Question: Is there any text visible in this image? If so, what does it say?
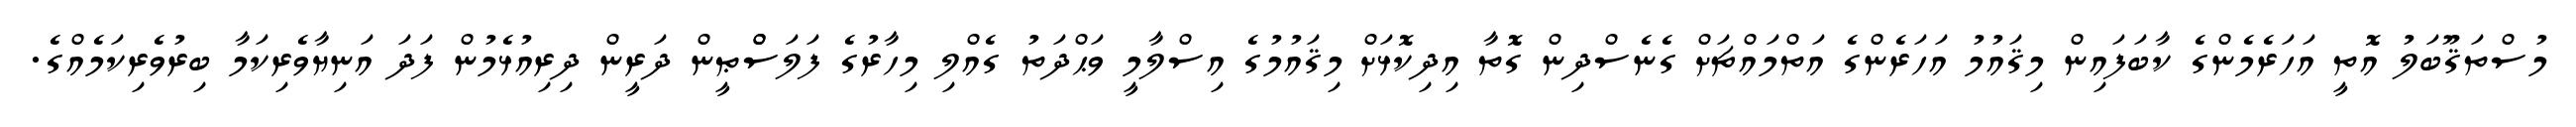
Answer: މުސްތަޤޫބަލު އޮތީ އަހަރެމެންގެ ކާބަފައިން މިޤައުމު އަހަރެންގެ އަތްމައްޗަށް ގެނެސްދިން ގޮތާ އިދިކޮޅަށް މިޤައުމުގެ އިސްލާމީ ވަޙްދަތު ގެއްލި މިހާރުގެ ފަލަސްްޠީން ދަރީން ދިރިއުޅެމުން ފަދަ އަނިޔާވެރިކަމާ ބިރުވެރިކަމެއްގެ.